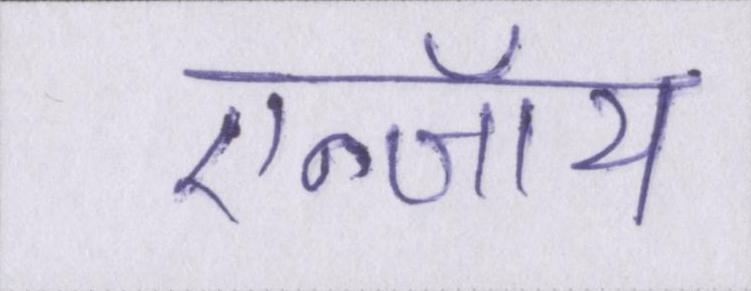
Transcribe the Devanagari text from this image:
एन्जॉय